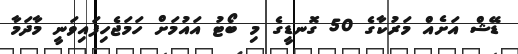
ޑޭޝް އަށެއް މަރުކާގެ 50 ގޮނޑީގެ މި ބޯޓު އައުމަށް ހަމަޖެހިފައިވަނީ މާދަމާ